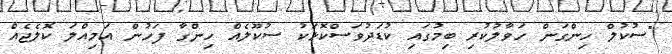
"ސުކުލް ހިންގަން ހަވާލުކުރި ބިމުގައި ކުޑަދުވަސްކޮޅަކު ސުކޫލެއް ހިންގާ ފަހުން އަމިއްލަ ކޮލެޖެއް